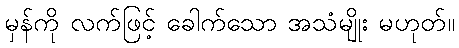
မှန်ကို လက်ဖြင့် ခေါက်သော အသံမျိုး မဟုတ်။